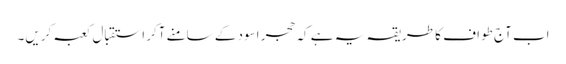
اب آج طواف کا طریقہ یہ ہے کہ حجر اسود کے سامنے آکر استقبال کعبہ کریں۔